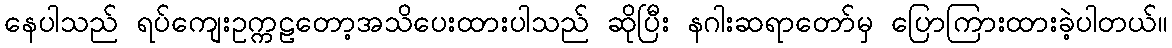
နေပါသည် ရပ်ကျေးဥက္ကဠတော့အသိပေးထားပါသည် ဆိုပြီး နဂါးဆရာတော်မှ ပြောကြားထားခဲ့ပါတယ်။